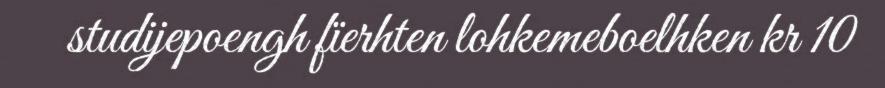
studijepoengh fïerhten lohkemeboelhken kr 10